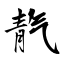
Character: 靔